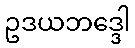
ဥဒယဘဒ္ဒေါ